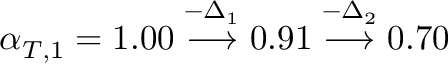
\alpha _ { T , 1 } = 1 . 0 0 \overset { - \Delta _ { 1 } } { \longrightarrow } 0 . 9 1 \overset { - \Delta _ { 2 } } { \longrightarrow } 0 . 7 0